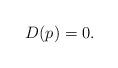
LaTeX: \begin{align*}D(p) = 0.\end{align*}